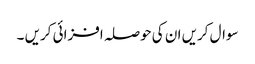
سوال کریں ان کی حوصلہ افزائی کریں ۔